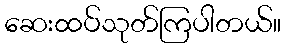
ဆေးထပ်သုတ်ကြပါတယ်။